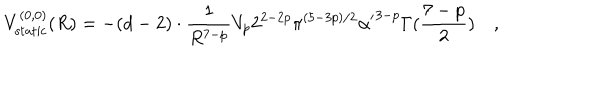
V _ { \mathrm { s t a t i c } } ^ { ( 0 , 0 ) } ( R ) = - ( d - 2 ) \cdot { \frac { 1 } { R ^ { 7 - p } } } V _ { p } 2 ^ { 2 - 2 p } \pi ^ { ( 5 - 3 p ) / 2 } { \alpha ^ { \prime } } ^ { 3 - p } \Gamma ( { \frac { 7 - p } { 2 } } ) \quad ,